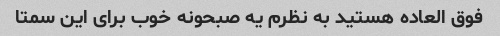
فوق العاده هستید به نظرم یه صبحونه خوب برای این سمتا